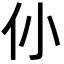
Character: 仦